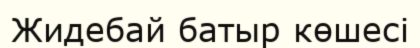
Жидебай батыр көшесі